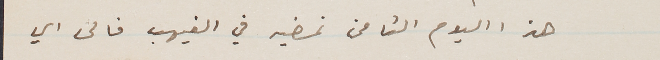
هذا اليوم الثامن نمضيه في الغيهب فالى اي